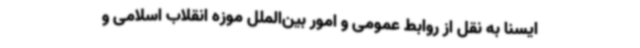
ایسنا به نقل از روابط عمومی و امور بین‌الملل موزه انقلاب اسلامی و